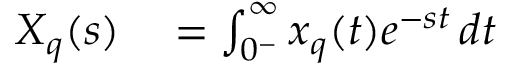
\begin{array} { r l } { X _ { q } ( s ) } & { { } = \int _ { 0 ^ { - } } ^ { \infty } x _ { q } ( t ) e ^ { - s t } \, d t } \end{array}